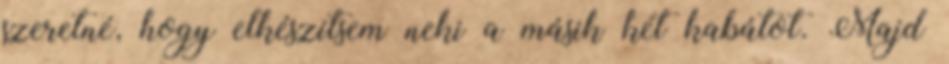
szeretné, hogy elkészítsem neki a másik két kabátot. Majd